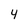
Character: 4